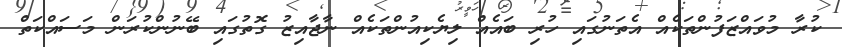
ކުރާ މުވައްޒަފުންތަކެއް އެތަނުގައި ހުރި ބައެއް ލިޔެކިއުންތަކެއް ނާޖާއިޒު ގޮތުގައި ބޭނުންކުރަން މަސައްކަތް